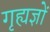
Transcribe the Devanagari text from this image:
गृह्यज्ञों